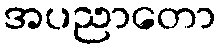
အပညာတော